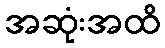
အဆုံးအထိ